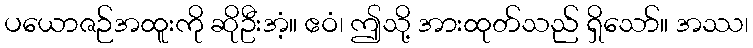
ပယောဇဉ်အထူးကို ဆိုဦးအံ့။ ဧဝံ၊ ဤသို့ အားထုတ်သည် ရှိသော်။ အဿ၊